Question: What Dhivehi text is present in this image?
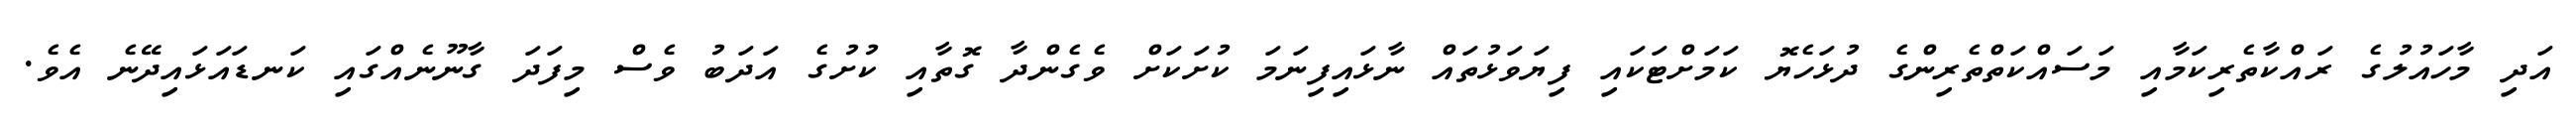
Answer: އަދި މާހައުލުގެ ރައްކާތެރިކަމާއި މަސައްކަތްތެރިންގެ ދުޅަހެޔޮ ކަމަށްޓަކައި ފިޔަވަޅުތައް ނާޅައިފިނަމަ ކުށަކަށް ވެގެންދާ ގޮތާއި ކުށުގެ އަދަބު ވެސް މިފަދަ ގާނޫނެއްގައި ކަނޑައަޅައިދޭނެ އެވެ.